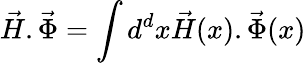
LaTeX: \vec{H}.\vec{\Phi}=\int d^{d}x\vec{H}(x).\vec{\Phi}(x)